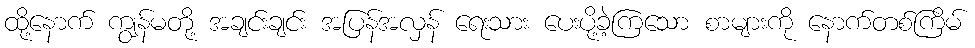
ထို့နောက် ကျွန်မတို့ အချင်းချင်း အပြန်အလှန် ရေးသား ပေးပို့ခဲ့ကြသော စာများကို နောက်တစ်ကြိမ်